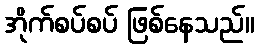
အိုက်စပ်စပ် ဖြစ်နေသည်။